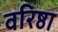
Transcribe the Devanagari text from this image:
वरिष्ठा